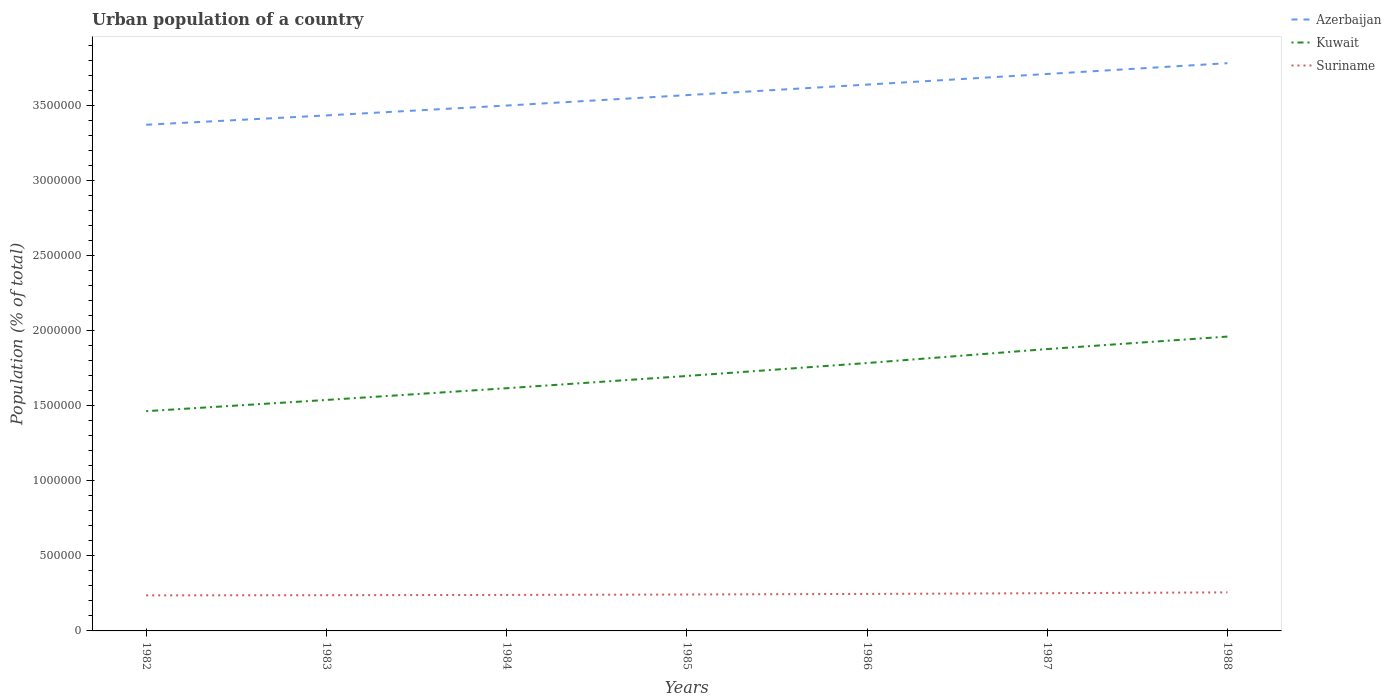
| Years | Azerbaijan | Kuwait | Suriname |
 | --- | --- | --- | --- |
 | 1982 | 3.37e+06 | 1.46e+06 | 2.37e+05 |
 | 1983 | 3.44e+06 | 1.54e+06 | 2.38e+05 |
 | 1984 | 3.5e+06 | 1.62e+06 | 2.4e+05 |
 | 1985 | 3.57e+06 | 1.7e+06 | 2.43e+05 |
 | 1986 | 3.64e+06 | 1.79e+06 | 2.47e+05 |
 | 1987 | 3.71e+06 | 1.88e+06 | 2.51e+05 |
 | 1988 | 3.78e+06 | 1.96e+06 | 2.57e+05 |